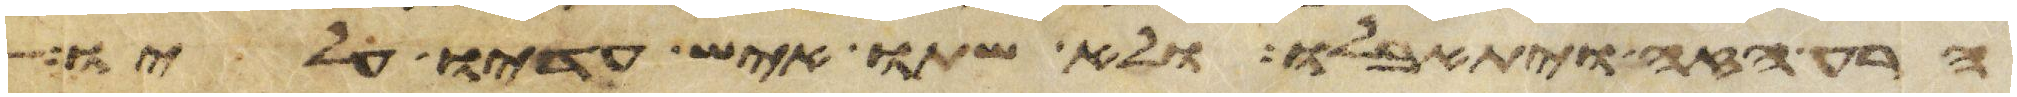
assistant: הרע הזה ויתאבלו ולא שתו איש עדיו עליו